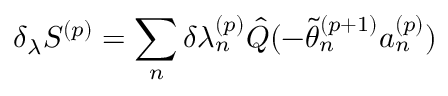
\delta _ { \lambda } S ^ { ( p ) } = \sum _ { n } ^ { } \delta { \lambda _ { n } ^ { ( p ) } } \hat { Q } ( - \tilde { \theta } _ { n } ^ { ( p + 1 ) } a _ { n } ^ { ( p ) } )